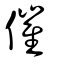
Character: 催